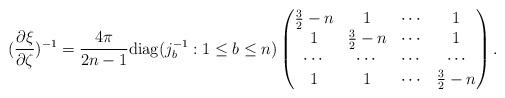
LaTeX: \begin{align*}(\frac{\partial\xi}{\partial\zeta})^{-1}=\frac{4\pi}{2n-1}\mbox{diag}(j_b^{-1}:1\leq b\leq n) \begin{pmatrix}\frac32-n&1&\cdots&1\\ 1&\frac32-n&\cdots&1\\ \cdots&\cdots&\cdots&\cdots\\ 1&1&\cdots&\frac32-n\end{pmatrix}. \end{align*}